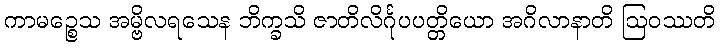
ကာမဉ္စေသ အမ္ဗိလရသေန ဘိက္ခသိ ဇာတိလိင်္ဂုပပတ္တိယော အဂိလာနာတိ ဩဝဿတိ